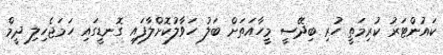
ކައުންޓަރު ކުރިމަތީ ހުރި ބިދޭސީ މީހާއަތަށް ބަލު ހަވާލުކޮށްލާފައި ގޮނޑީގައި ހަމަޖެހިލި ދީމް